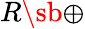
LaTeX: R\sb{\oplus}